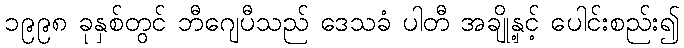
၁၉၉၈ ခုနှစ်တွင် ဘီဂျေပီသည် ဒေသခံ ပါတီ အချို့နှင့် ပေါင်းစည်း၍